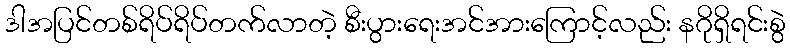
ဒါအပြင်တစ်ရိပ်ရိပ်တက်လာတဲ့ စီးပွားရေးအင်အားကြောင့်လည်း နဂိုရှိရင်းစွဲ